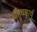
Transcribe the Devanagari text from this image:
बहुवषार्यू